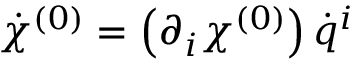
{ \dot { \chi } } ^ { ( 0 ) } = \left( \partial _ { i } \chi ^ { ( 0 ) } \right) { \dot { q } } ^ { i }